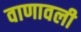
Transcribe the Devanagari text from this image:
वाणावली